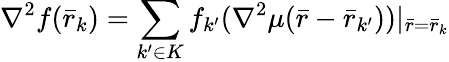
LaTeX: \nabla^{2}f({\bar{r}}_{k})=\sum_{k^{\prime}\in K}f_{k^{\prime}}(\nabla^{2}\mu({\bar{r}}-{\bar{r}}_{k^{\prime}}))|_{{\bar{r}}={\bar{r}}_{k}}